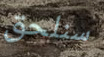
سنلحق